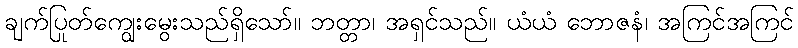
ချက်ပြုတ်ကျွေးမွေးသည်ရှိသော်။ ဘတ္တာ၊ အရှင်သည်။ ယံယံ ဘောဇနံ၊ အကြင်အကြင်